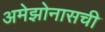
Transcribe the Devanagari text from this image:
अमेझोनासची